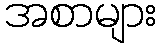
အစာများ